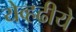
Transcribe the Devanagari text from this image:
येव्हढीये